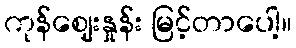
ကုန်ဈေးနှုန်း မြင့်တာပေါ့။